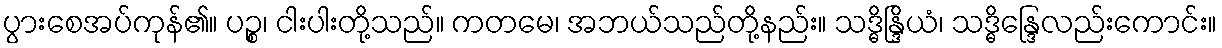
ပွားစေအပ်ကုန်၏။ ပဉ္စ၊ ငါးပါးတို့သည်။ ကတမေ၊ အဘယ်သည်တို့နည်း။ သဒ္ဓိန္ဒြိယံ၊ သဒ္ဓိန္ဒြေလည်းကောင်း။